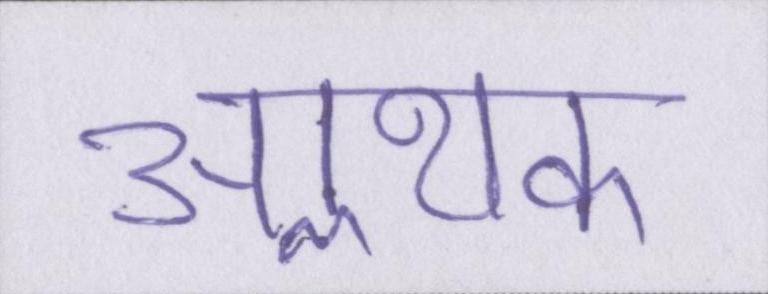
आॢथक